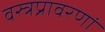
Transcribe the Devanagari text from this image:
वस्त्रप्रावरणां